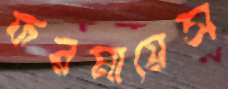
ফরমায়েস